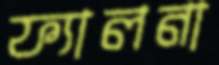
ফ্যালনা